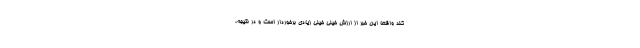
کند واقعا این خبر از ارزش خیلی خیلی زیادی برخوردار است و در نتیجه،